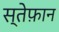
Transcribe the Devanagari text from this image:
स्तेफ़ान